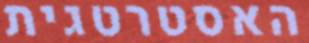
האסטרטגית